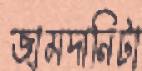
জামদানিটা